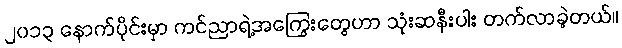
၂၀၁၃ နောက်ပိုင်းမှာ ကင်ညာရဲ့အကြွေးတွေဟာ သုံးဆနီးပါး တက်လာခဲ့တယ်။